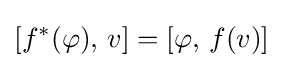
[f^{*}(\varphi ),\,v]=[\varphi ,\,f(v)]